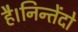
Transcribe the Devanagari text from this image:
है।निन्तेंदो